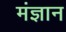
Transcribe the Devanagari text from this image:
मंज्ञान